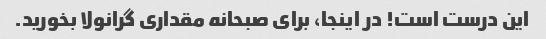
این درست است! در اینجا، برای صبحانه مقداری گرانولا بخورید.